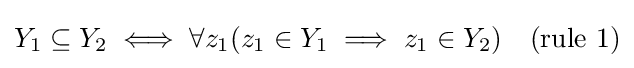
Y_{1}\subseteq Y_{2}\iff \forall z_{1}(z_{1}\in Y_{1}\implies z_{1}\in Y_{2})\quad {\text{(rule 1)}}